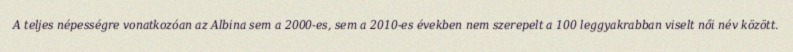
A teljes népességre vonatkozóan az Albina sem a 2000-es, sem a 2010-es években nem szerepelt a 100 leggyakrabban viselt női név között.